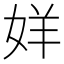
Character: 𫰧